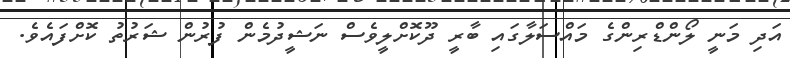
އަދި މަނީ ލޯންޑްރިންގެ މައްސަލާގައި ބާރީ ދޫކޮށްލީވެސް ނަޝީދުމެން ފުރުން ޝަރުތު ކޮށްފައެވެ.